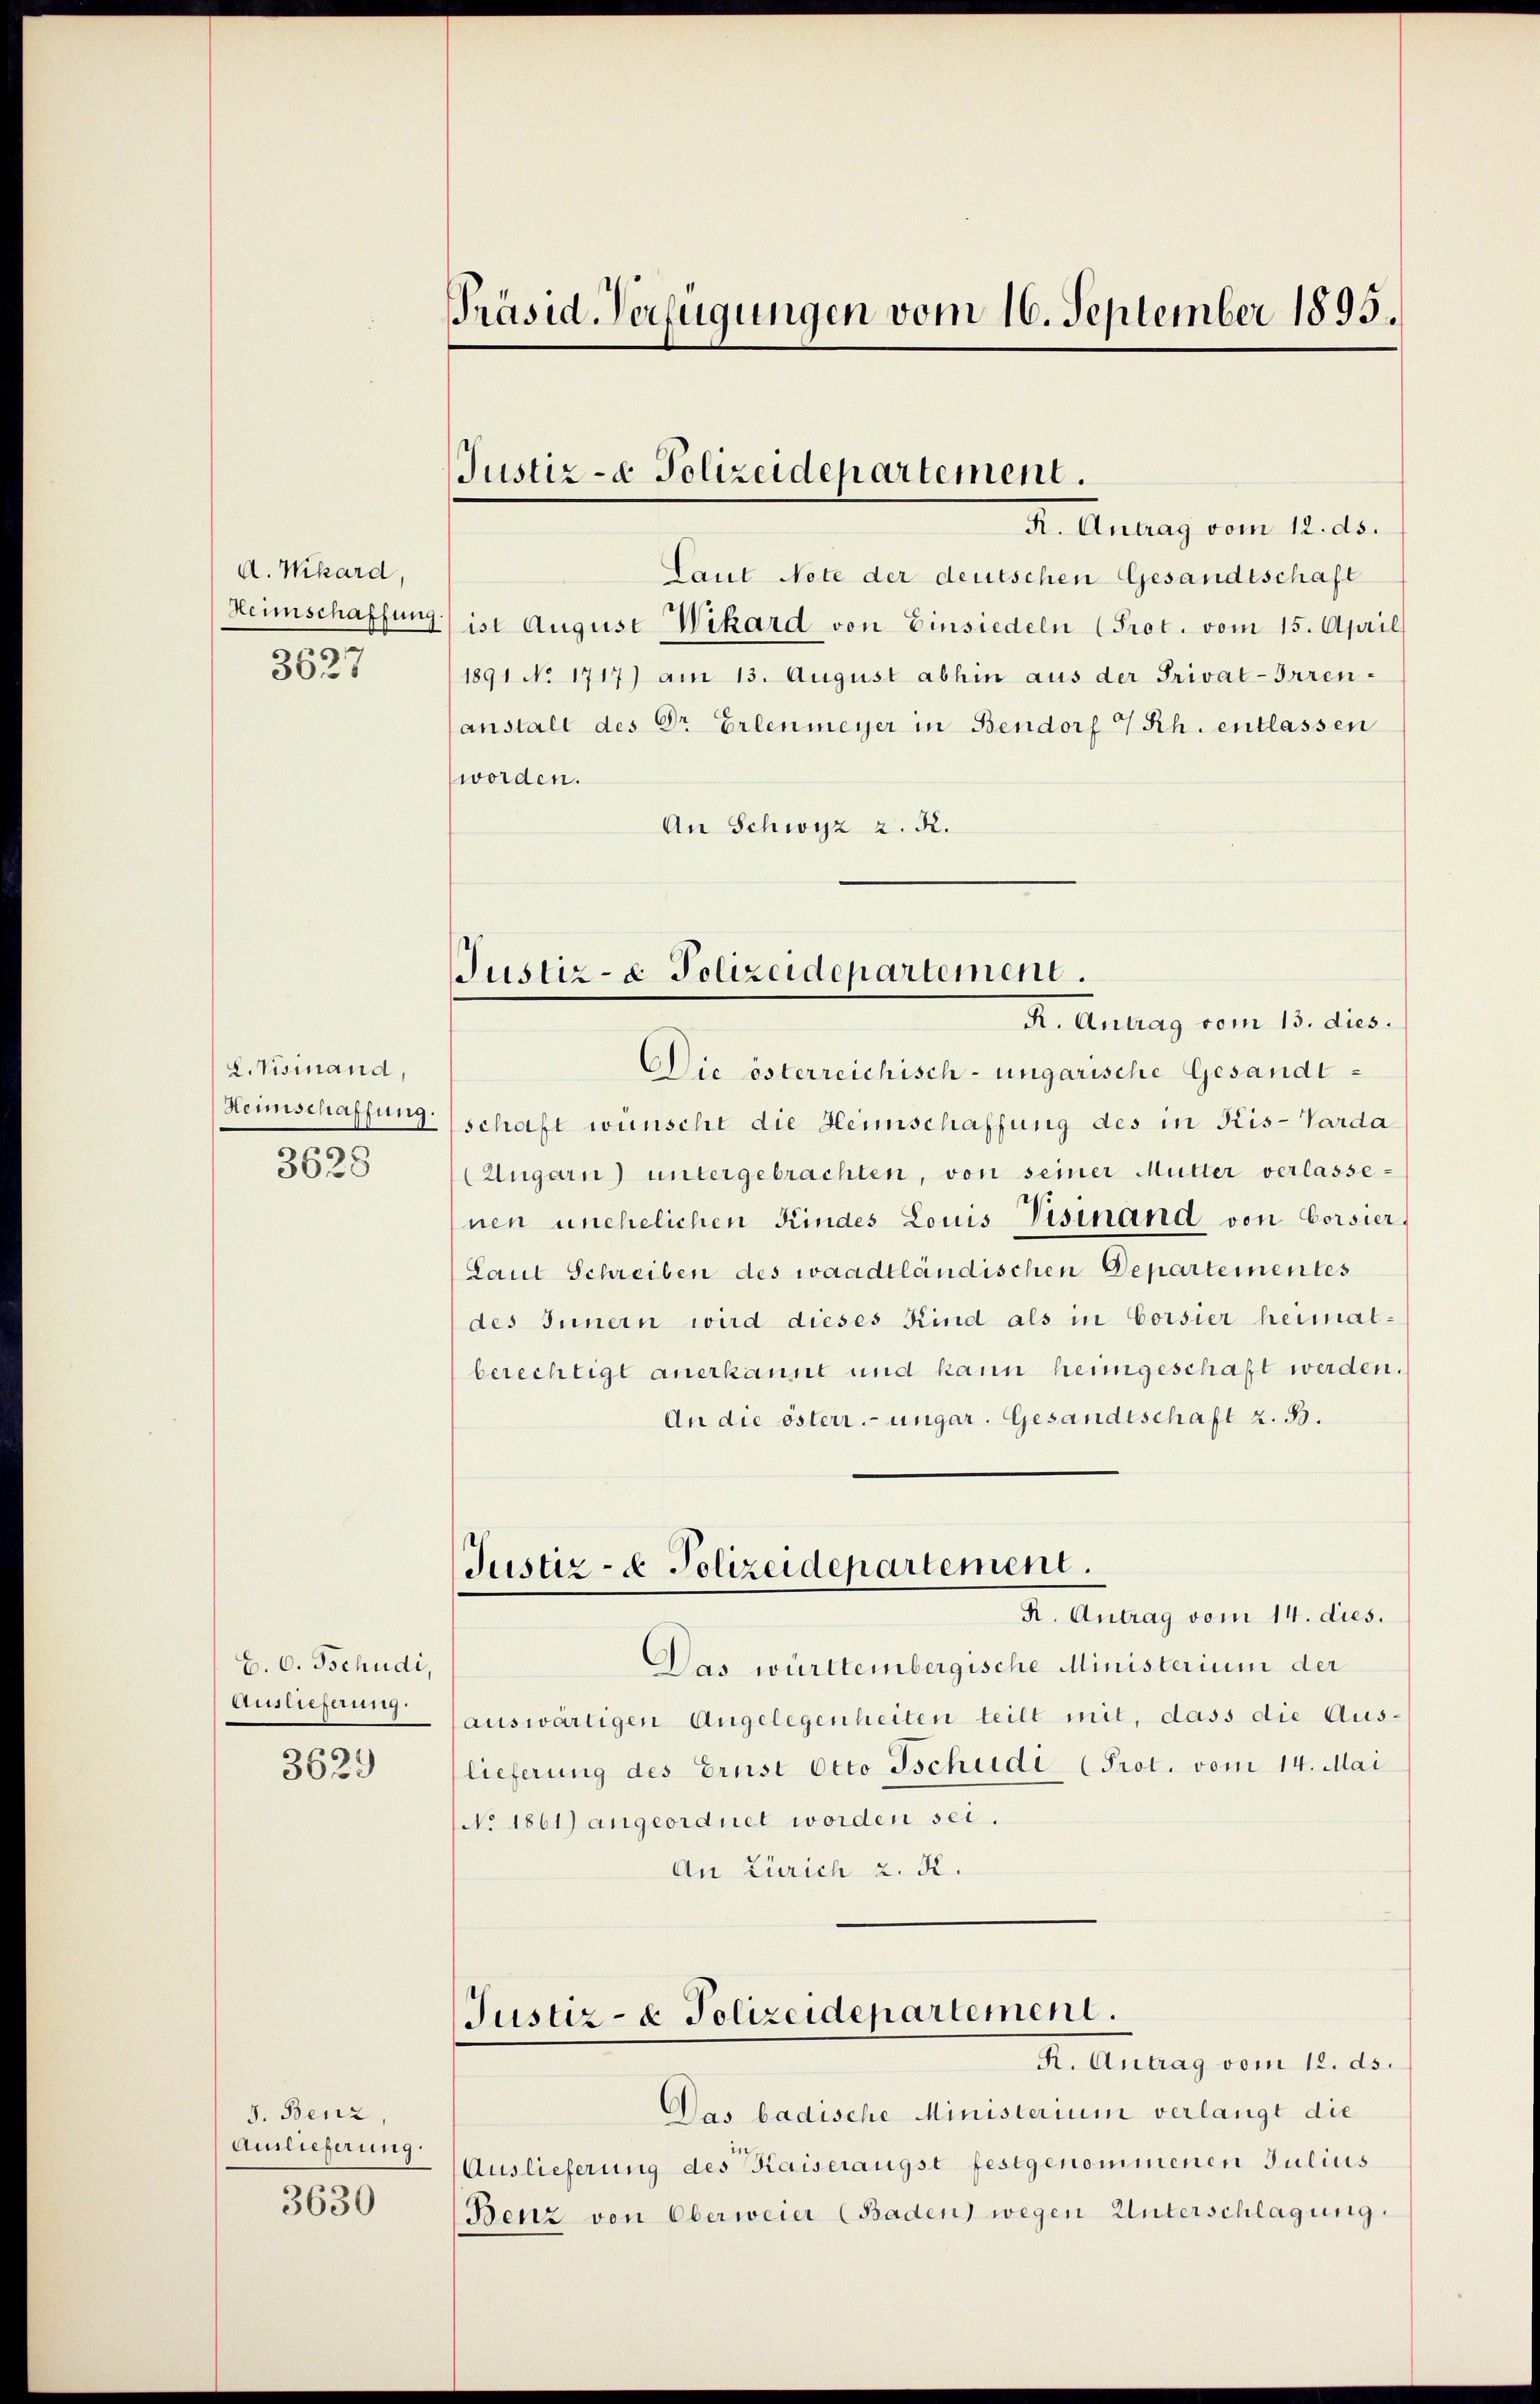
A. Wikard,
Heimschaffung
3627

L. Visinand,
Heimschaffung
3628

E. 6. Schudi,
Auslieferung

3629

J. Benz,
Auslieferung
3630

Präsid-Verfügungen vom 16. September 1895.

Justiz- & Polizeidepartement.
R. Antrag vom 12. ds.

Laut Note der deutschen Gesandtschaft
ist August Wikard von Einsiedeln (Prot. vom 15. April
1891 No 1717) am 13. August abhin aus der Privat-Irren¬
(anstalt des Dr Erlenmeyer in Bendorf 4 Rh. entlassen
worden.
An Schwyz z. R.

Justiz- & Polizeidepartement.

Justiz- & Polizeidepartement.

R. Antrag vom 13. dies.
Die österreichisch-ungarische Gesandt-
schaft wünscht die Heimschaffung des in Kis-Varda
(Ungarn) untergebrachten, von seiner Mutter verlassenen unehelichen Kindes Louis Visinand von Corsier,
Laut Schreiben des waadtländischen Departementes
des Innern wird dieses Kind als in Corsier heimatberechtigt anerkannt und kann heimgeschaft werden.
An die österr. ungar. Gesandtschaft z. B.
R. Antrag vom 14. dies.
Das württembergische Ministerium der
auswärtigen Angelegenheiten teilt mit, dass die Aus-
lieferung des Ernst Otto Tschudi (Prot. vom 14. Mai
No. 1861) angeordnet worden sei.
An Zürich 2. K.
Justiz- & Polizeidepartement.
R. Antrag vom 12. ds.
Das badische Ministerium verlangt die
Auslieferung des Kaiseraugst festgenommenen Julius
Benz von Oberweier (Baden) wegen Unterschlagung.